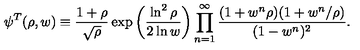
\psi ^ { T } ( \rho , w ) \equiv { \frac { 1 + \rho } { \sqrt \rho } } \exp \left( { \frac { \ln ^ { 2 } \rho } { 2 \ln w } } \right) \prod _ { n = 1 } ^ { \infty } { \frac { ( 1 + w ^ { n } \rho ) ( 1 + w ^ { n } / \rho ) } { ( 1 - w ^ { n } ) ^ { 2 } } } .